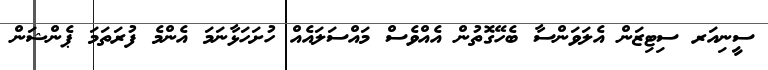
ސީނިއަރ ސިޓިޒަން އެލަވަންސާ ބެހޭގޮތުން އެއްވެސް މައްސަލައެއް ހުށަހަޅާނަމަ އެންމެ ފުރަތަމަ ޕެންޝަން